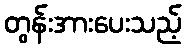
တွန်းအားပေးသည့်